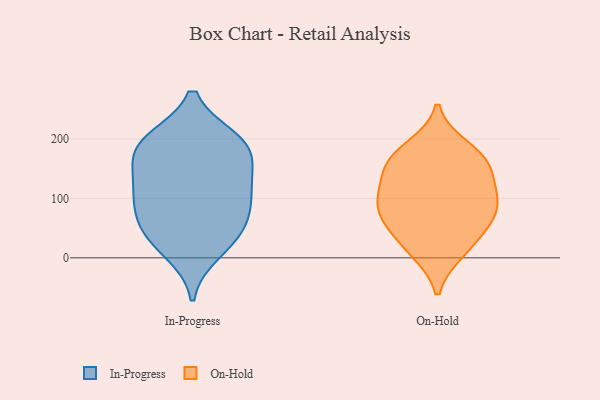
{"axis": {"x": "Net Income (USD K)", "y": "Value"}, "legend": ["In-Progress", "On-Hold"], "data": [{"x": "", "y": 100, "type": "In-Progress"}, {"x": "", "y": 156, "type": "In-Progress"}, {"x": "", "y": 191, "type": "In-Progress"}, {"x": "", "y": 193, "type": "In-Progress"}, {"x": "", "y": 197, "type": "In-Progress"}, {"x": "", "y": 99, "type": "In-Progress"}, {"x": "", "y": 57, "type": "In-Progress"}, {"x": "", "y": 184, "type": "In-Progress"}, {"x": "", "y": 105, "type": "In-Progress"}, {"x": "", "y": 45, "type": "In-Progress"}, {"x": "", "y": 11, "type": "In-Progress"}, {"x": "", "y": 38, "type": "In-Progress"}, {"x": "", "y": 134, "type": "In-Progress"}, {"x": "", "y": 159, "type": "On-Hold"}, {"x": "", "y": 102, "type": "On-Hold"}, {"x": "", "y": 112, "type": "On-Hold"}, {"x": "", "y": 64, "type": "On-Hold"}, {"x": "", "y": 156, "type": "On-Hold"}, {"x": "", "y": 174, "type": "On-Hold"}, {"x": "", "y": 98, "type": "On-Hold"}, {"x": "", "y": 66, "type": "On-Hold"}, {"x": "", "y": 10, "type": "On-Hold"}, {"x": "", "y": 144, "type": "On-Hold"}, {"x": "", "y": 14, "type": "On-Hold"}, {"x": "", "y": 186, "type": "On-Hold"}, {"x": "", "y": 48, "type": "On-Hold"}, {"x": "", "y": 85, "type": "On-Hold"}]}